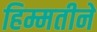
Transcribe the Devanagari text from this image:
हिम्मतीने